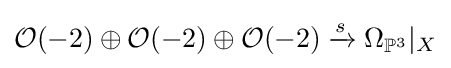
{\mathcal {O}}(-2)\oplus {\mathcal {O}}(-2)\oplus {\mathcal {O}}(-2)\xrightarrow {s} \Omega _{\mathbb {P} ^{3}}|_{X}